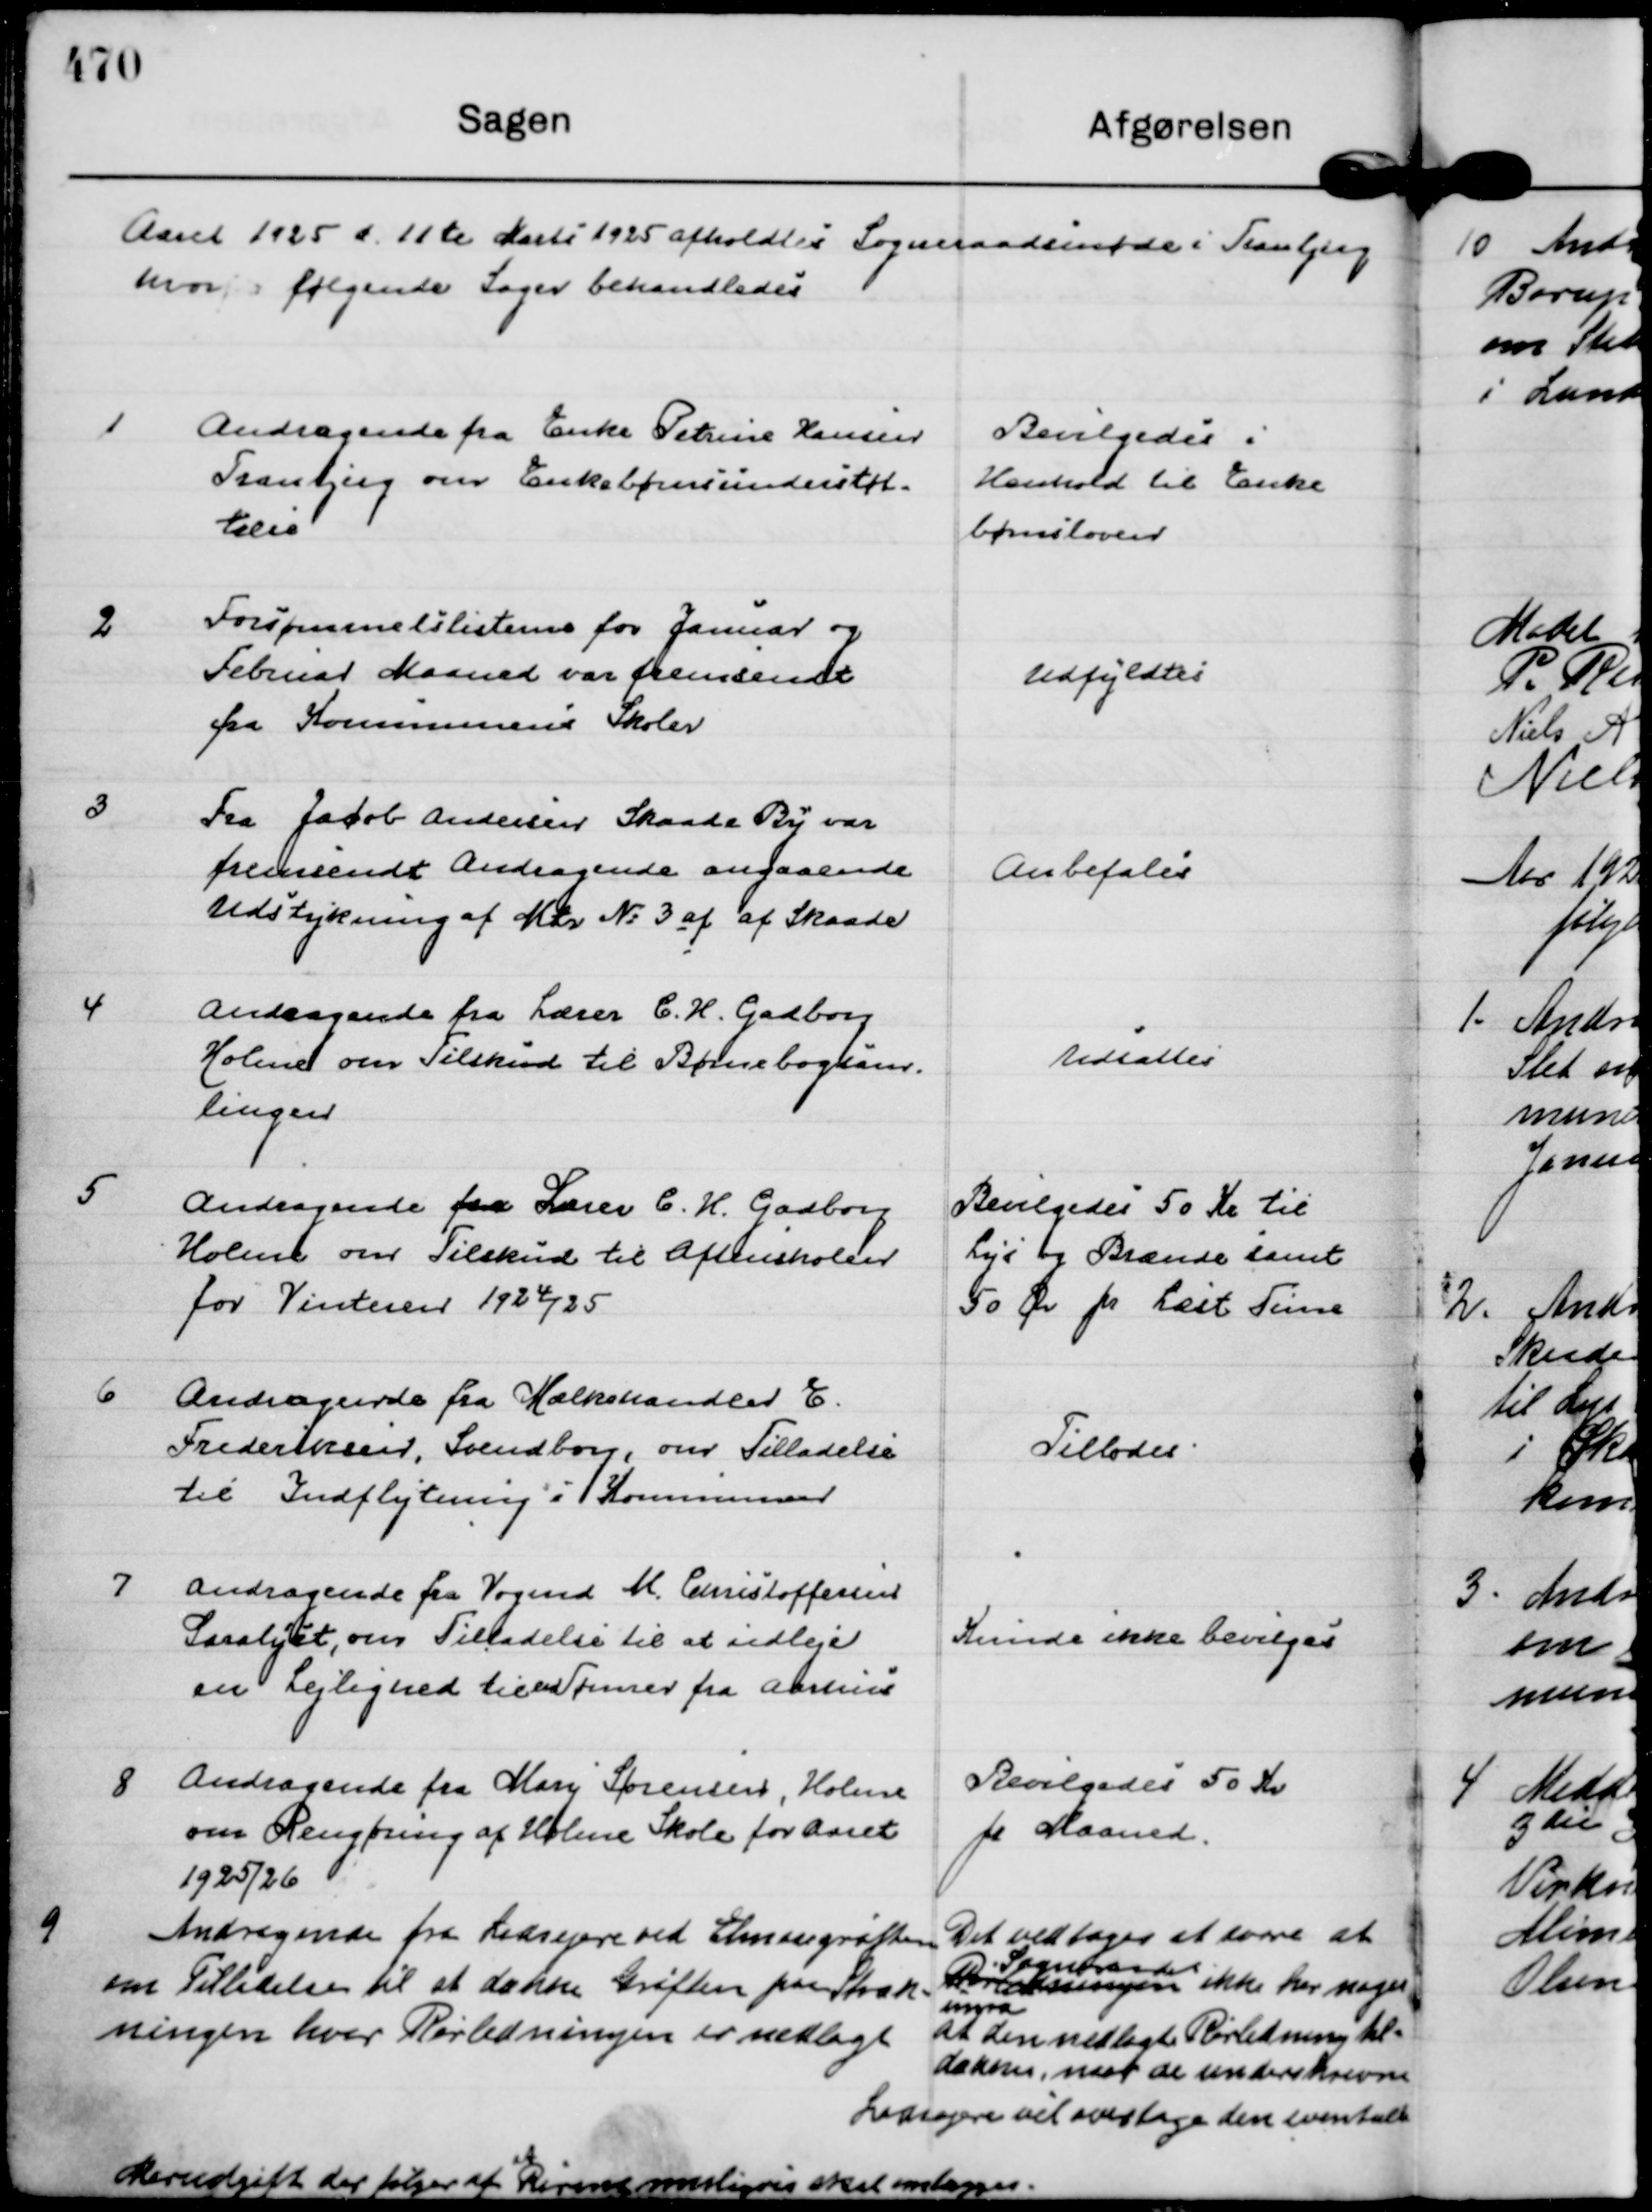
Transskription:
Aaret 1925 d. 11 te Marts 1925 afholdtes Sogneraadsmøde i Tranbjerg 
hvor følgende Sager behandledes

1
Andragende fra Enke Petrine Hansen
Tranbjerg om Enkebørnsunderstøt=
telse

Bevilgedes i
Henhold til Enke
børnsloven

2
Forsømmelslisterne for Januar og
Februar Maaned var fremsendt
fra Kommunens Skoler

Udfyldtes

3
Fra Jacob Andersen Skaade By var
fremsendt Andragende angaaende
Udstykning af Mtr N: 3 af af Skaade

Anbefales

4
Andragende fra Lærer C. H. Gadborg
Holme om Tilskud til Børnebogsam=
lingen

Udsattes

5
Andragende fra Lærer C. H. Gadborg
Holme om Tilskud til Aftenskolen
for Vinteren 1924/25

Bevilgedes 50 Kr til
Lys og Brænde samt
50 Ør pr Læst Time

6
Andragende fra Mælkehandler E.
Frederiksen, Svendborg, om Tilladelse
til Indflytning i Kommunen

Tillodes.

7
Andragende fra Vogmd M. Christoffersen 
Saralyst, om Tilladelse til at udleje
en Lejlighed til en Tømrer fra Aarhus

Kunde ikke bevilges

8
Andragende fra Mary Sørensen, Holme
om Rengøring af Holme Skole for Aaret
1925/26

Bevilgedes 50 Kr
pr Maaned.

9
Andragende fra Lodsejere ved Elmosegrøften
om Tilladelse til at dække Grøften paa Stræk=
ningen hvor Rørledningen er nedlagt

Det vedtoges at svare at
Rørledningen
Sogneraadet
ikke har noget
imod
at den nedlagte Rørledning til=
dækkes, naar de underskrevne
Lodsejere vil overtage den eventuelle
Merudgift der følger af 
at
Rørerne muligvis skal omlægges.